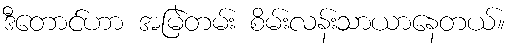
ဒီတောင်ဟာ အမြဲတမ်း စိမ်းလန်းသာယာနေတယ်။